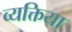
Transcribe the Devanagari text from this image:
व्यक्तिया